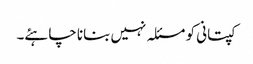
کپتانی کو مسئلہ نہیں بنانا چاہئے۔